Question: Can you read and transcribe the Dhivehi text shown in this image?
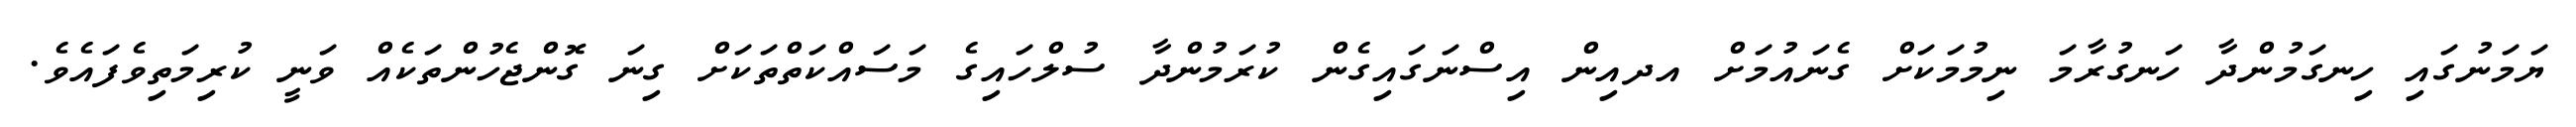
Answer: ޔަމަނުގައި ހިނގަމުންދާ ހަނގުރާމަ ނިމުމަކަށް ގެނައުމަށް އދއިން އިސްނަގައިގެން ކުރަމުންދާ ސުލްހައިގެ މަސައްކަތްތަކަށް ގިނަ ގޮންޖެހުންތަކެއް ވަނީ ކުރިމަތިވެފައެވެ.